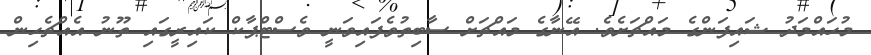
މުހައްމަދު ޝައިފަންގެ މައްޗަށެވެ. އޭނާގެ މައްޗަށް ސާބިތުވެފައިވަނީ ވެސްޓްޕާކް ކައިރީގައި ތޫނު އެއްޗެހިން